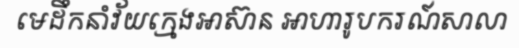
មេដឹកនាំវ័យក្មេងអាស៊ាន អាហារូបករណ៍សាលា